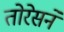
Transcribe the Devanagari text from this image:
तोरेसने